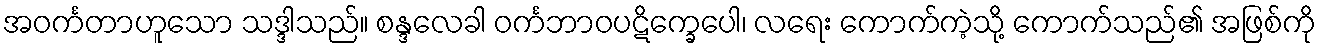
အဝင်္ကတာဟူသော သဒ္ဒါသည်။ စန္ဒလေခါ ဝင်္ကဘာဝပဋိက္ခေပေါ၊ လရေး ကောက်ကဲ့သို့ ကောက်သည်၏ အဖြစ်ကို